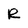
Character: R